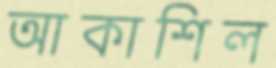
আকাশিল